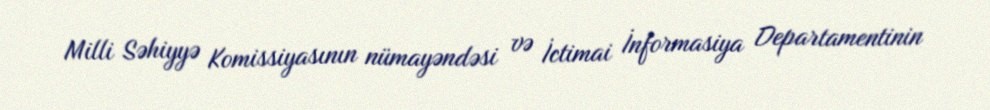
Milli Səhiyyə Komissiyasının nümayəndəsi və İctimai İnformasiya Departamentinin